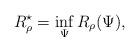
LaTeX: \begin{align*}R^\star_\rho = \inf_{\Psi}R_\rho(\Psi),\end{align*}